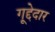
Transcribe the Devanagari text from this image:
गूद्देदार